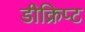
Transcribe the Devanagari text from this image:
डीक्रिप्ट